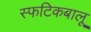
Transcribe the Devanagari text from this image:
स्फटिकबालू